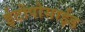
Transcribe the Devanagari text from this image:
ईटोपोसाईड